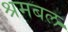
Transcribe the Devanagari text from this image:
श्रमबल